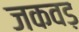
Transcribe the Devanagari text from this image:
जकवड़